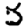
Digit: 5